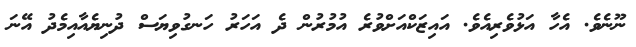
ނޫނެވެ. އެހާ އަޅުވެރިއެވެ. އައިޒަކްއަށްވުރެ އުމުރުން ދެ އަހަރު ހަނގުވިޔަސް ދުނިޔެއާއިމެދު އޭނަ